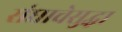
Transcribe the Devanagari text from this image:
संघाचेसुद्धा